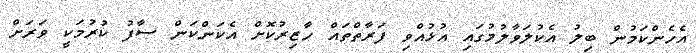
އެހެންކަމުން ބިލު އެކުލަވާލުމުގައި އުޅުއްވި ފަރާތްތައް ހާޒިރުކޮށް އެކަންކަން ސާފު ކުރުމަކީ ވަރަށް